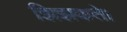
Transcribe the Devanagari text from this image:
झिझकते।